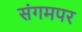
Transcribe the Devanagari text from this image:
संगमपर